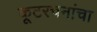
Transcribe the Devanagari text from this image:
कूटरचनांचा